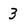
Character: 3